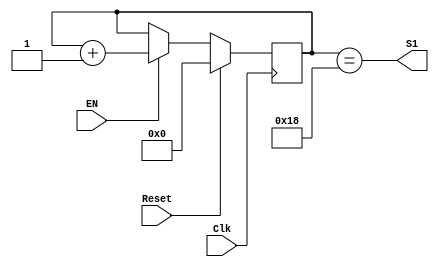
`timescale 1ns / 1ps
//////////////////////////////////////////////////////////////////////////////////
// Company: 
// Engineer: 
// 
// Design Name: 
// Module Name: Pattern_Counter
// Project Name: 
// Target Devices: 
// Tool Versions: 
// Description: 
// 
// Dependencies: 
// 
// Revision:
// Revision 0.01 - File Created
// Additional Comments:
// 
//////////////////////////////////////////////////////////////////////////////////


module Pattern_Counter(Clk,Reset,EN,S1);
    
    input Clk;
    input Reset;
    input EN;
    
    output S1;
    
    //--Internal Variables--
    reg [10:0] Cuenta;
        
    always @(posedge Clk)
        
    if (Reset)
        Cuenta=11'd0;
    else if (EN)
        Cuenta=Cuenta+11'd1;
    else
        Cuenta=Cuenta;
        
    //assign S1=(Cuenta==11'd128);
    
    assign S1=(Cuenta==11'd24);  

endmodule